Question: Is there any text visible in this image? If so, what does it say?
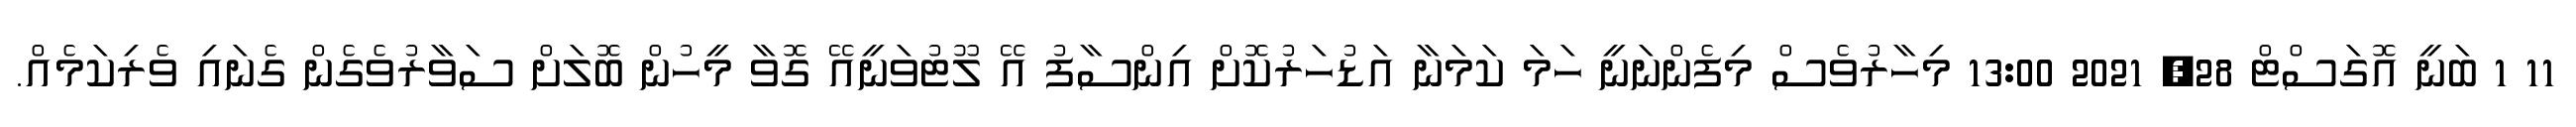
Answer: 11 1 ބަނީ އޮގަސްޓް 28, 2021 13:00 މިހާރުވެސް މިފެންނަނީ ހަމަ ކަމަނާ އަޑުހަރުކޮށް އިންސާފު އޭ ލޫޓުވަނީއޭ ގޮވާ މީހުން ބޮލަށް ސަވާރުވެގެން ގެނައި ވެރިކަމެއް.